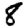
Digit: 8